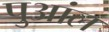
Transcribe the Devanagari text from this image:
पुआंल